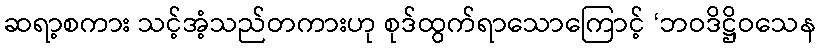
ဆရာ့စကား သင့်အံ့သည်တကားဟု စုဒ်ထွက်ရာသောကြောင့် ‘ဘဝဒိဋ္ဌိဝသေန